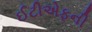
ઈટીએફની